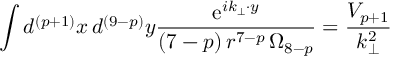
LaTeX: \int d ^ { ( p + 1 ) } x \, d ^ { ( 9 - p ) } y \frac { \mathrm { e } ^ { i k _ { \bot } \cdot y } } { ( 7 - p ) \, r ^ { 7 - p } \, \Omega _ { 8 - p } } = \frac { V _ { p + 1 } } { k _ { \bot } ^ { 2 } }